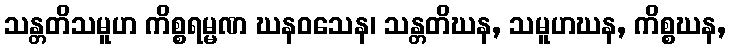
သန္တတိသမူဟ ကိစ္စရမ္မဏ ဃနဝသေန၊ သန္တတိဃန, သမူဟဃန, ကိစ္စဃန,